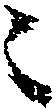
ニ